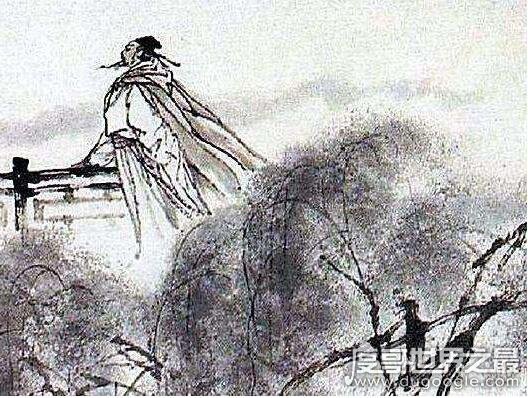
欲说还休，却道天凉好个秋！